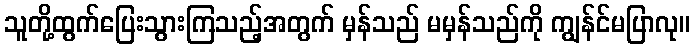
သူတို့ထွက်ပြေးသွားကြသည့်အတွက် မှန်သည် မမှန်သည်ကို ကျွန်င်မပြာလု။